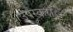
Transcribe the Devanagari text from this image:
उपस्करांें